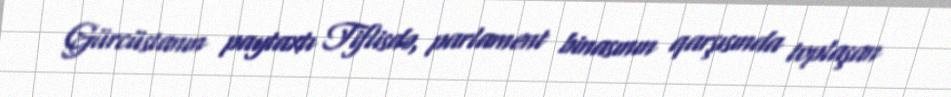
Gürcüstanın paytaxtı Tiflisdə, parlament binasının qarşısında toplaşan